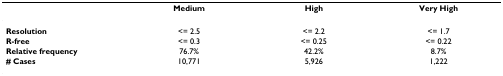
|  | Medium | High | Very High |
 | --- | --- | --- | --- |
 | Resolution | <= 2.5 | <= 2.2 | <= 1.7 |
 | R-free | <= 0.3 | <= 0.25 | <= 0.22 |
 | Relative frequency | 76.7% | 42.2% | 8.7% |
 | # Cases | 10,771 | 5,926 | 1,222 |